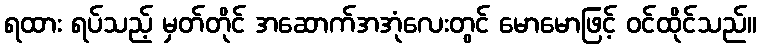
ရထား ရပ်သည့် မှတ်တိုင် အဆောက်အအုံလေးတွင် မောမောဖြင့် ဝင်ထိုင်သည်။